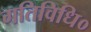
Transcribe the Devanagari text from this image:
गतिविधि०